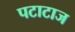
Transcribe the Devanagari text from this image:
पटाटाज